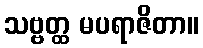
သဗ္ဗတ္ထ မပရာဇိတာ။